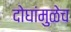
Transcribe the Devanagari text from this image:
दोघांमुळेच